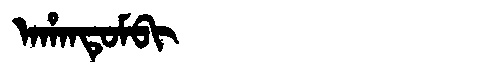
Manchu: ᠠᡥᠠᠨᡨᡠᠮᠪᡳ
Romanization: AHANTUMBI